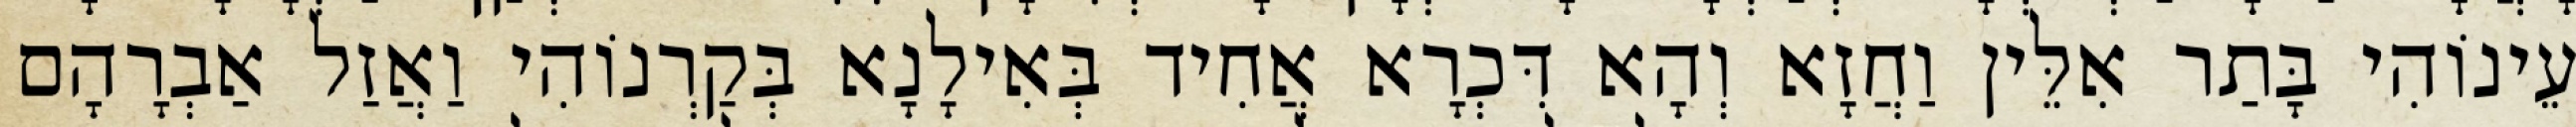
עֵינוֹהִי בָּתַר אִלֵּין וַחֲזָא וְהָא דִּכְרָא אֲחִיד בְּאִילָנָא בְּקַרְנוֹהִי וַאֲזַל אַבְרָהָם